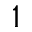
^ 1